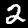
Label: 2